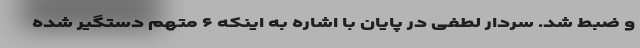
و ضبط شد. سردار لطفی در پایان با اشاره به اینکه ۶ متهم دستگیر شده